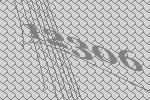
12306